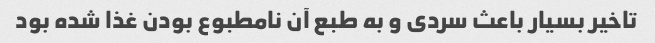
تاخیر بسیار باعث سردی و به طبع آن نامطبوع بودن غذا شده بود